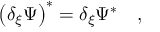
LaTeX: \left( \delta _ { \xi } \Psi \right) ^ { * } = \delta _ { \xi } \Psi ^ { * } \quad ,